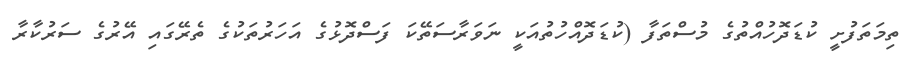
ތިމަތަފުށީ ކުޑަދޮހުއްތުގެ މުސްތަފާ (ކުޑަދޮއްހުތުއަކީ ނަވަރާސަތޭކަ ފަސްދޮޅުގެ އަހަރުތަކުގެ ތެރޭގައި އޭރުގެ ސަރުކާރާ